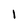
Character: 1